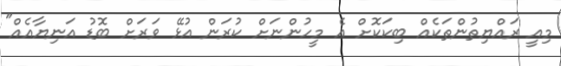
މިއީ ރައްޔިތުންތަކެއް ބިކަކޮށް އެ މީހުންނަށް ކުރަން އުޅޭ ވަރަށް ބޮޑު އަނިޔާއެއް"